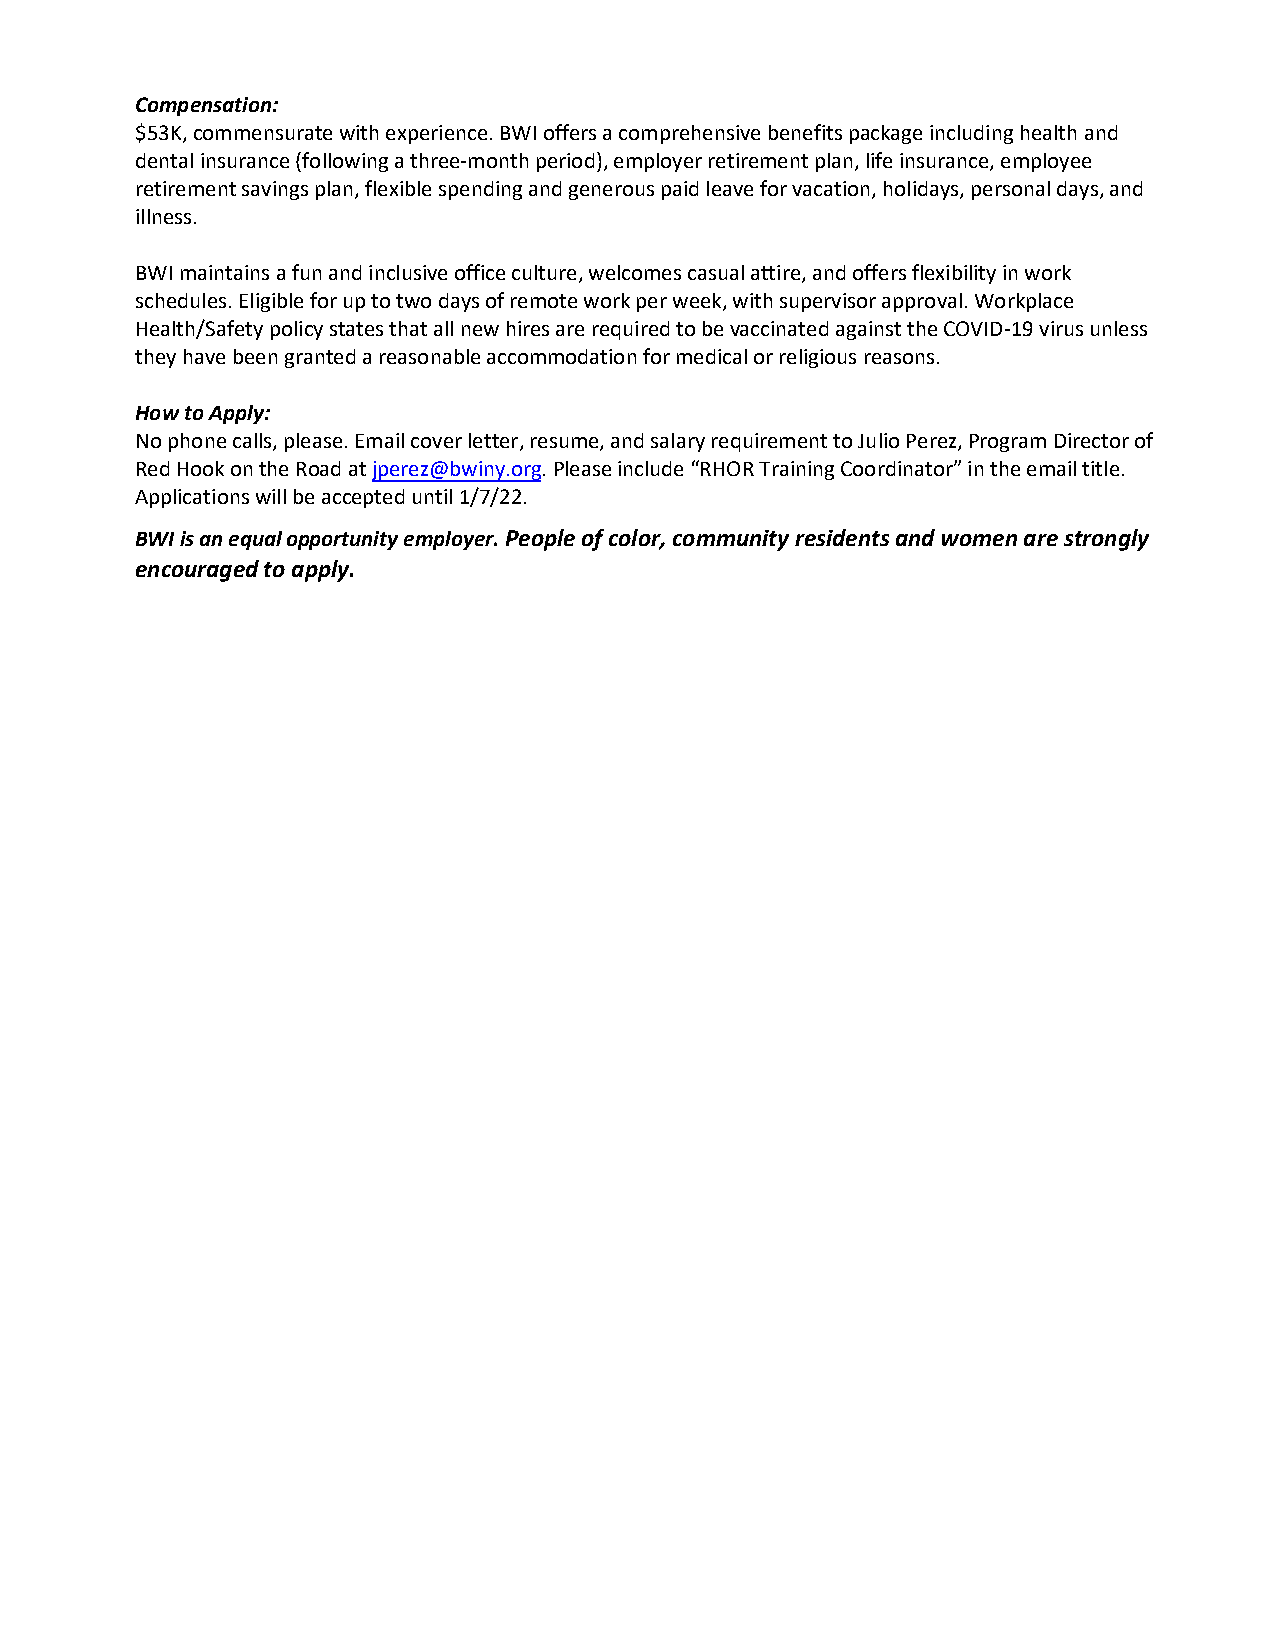
Compensation:
 $53K, commensurate with experience. BWI offers a comprehensive benefits package including health and
 dental insurance (following a three-month period), employer retirement plan, life insurance, employee
 retirement savings plan, flexible spending and generous paid leave for vacation, holidays, personal days, and
 illness.
 BWI maintains a fun and inclusive office culture, welcomes casual attire, and offers flexibility in work
 schedules. Eligible for up to two days of remote work per week, with supervisor approval. Workplace
 Health/Safety policy states that all new hires are required to be vaccinated against the COVID-19 virus unless
 they have been granted a reasonable accommodation for medical or religious reasons.
 How to Apply:
 No phone calls, please. Email cover letter, resume, and salary requirement to Julio Perez, Program Director of
 Red Hook on the Road at jperez@bwiny.org. Please include “RHOR Training Coordinator” in the email title.
 Applications will be accepted until 1/7/22.
 BWI is an equal opportunity employer. People of color, community residents and women are strongly
 encouraged to apply.